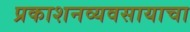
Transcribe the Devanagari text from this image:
प्रकाशनव्यवसायाचा